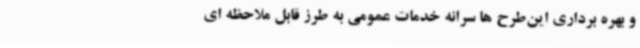
و بهره برداری این‌طرح ها سرانه خدمات عمومی به طرز قابل ملاحظه ای